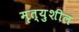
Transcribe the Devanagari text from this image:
मृत्युशील